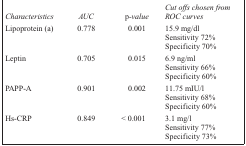
| Characteristics | AUC | p-value | Cut offs chosen from ROC curves |
 | --- | --- | --- | --- |
 | Lipoprotein (a) | 0.778 | 0.001 | 15.9 mg/dl |
 |  |  |  | Sensitivity 72% |
 |  |  |  | Specificity 70% |
 | Leptin | 0.705 | 0.015 | 6.9 ng/ml |
 |  |  |  | Sensitivity 66% |
 |  |  |  | Specificity 60% |
 | PAPP-A | 0.901 | 0.002 | 11.75 mIU/l |
 |  |  |  | Sensitivity 68% |
 |  |  |  | Specificity 60% |
 | Hs-CRP | 0.849 | < 0.001 | 3.1 mg/l |
 |  |  |  | Sensitivity 77% |
 |  |  |  | Specificity 73% |